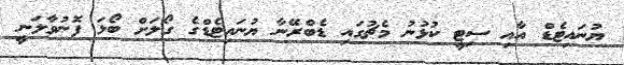
ޔުނައިޓެޑް އާއި ސިޓީ ކުޅުނު މެޗުގައި ޑެބްރޭނާ ޔުނައިޓެޑްގެ ގޯލަށް ބޯޅަ ފޮނުވާލަނީ